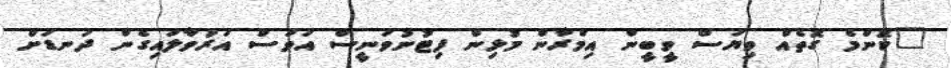
"ކޮންމެ ގޮތެއް ވިޔަސް ވީބީން އިމްރާން މުޅިން ފިޓުނުވަނީސް އަވަސް އަރުވާލައިގެން ދަނޑަށް